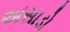
અસાડો